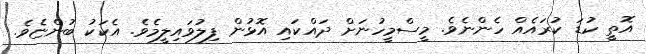
އޮތީ ކުޑަ ކުރައެއް ހެންނެވެ. މީސްމީހުނަށް ދައްކައި އޮޅުން ފިލުވައިލީމެވެ. އެކަކު ބުންޏެވެ.